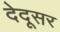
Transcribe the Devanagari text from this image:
देदूसर